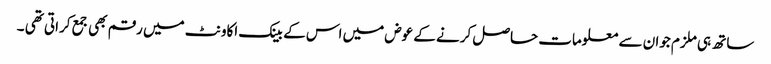
ساتھ ہی ملزم جوان سے معلومات حاصل کرنے کے عوض میں اس کے بینک اکاونٹ میں رقم بھی جمع کراتی تھی ۔